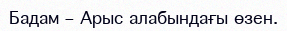
Бадам – Арыс алабындағы өзен.